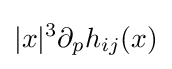
|x|^{3}\partial _{p}h_{ij}(x)